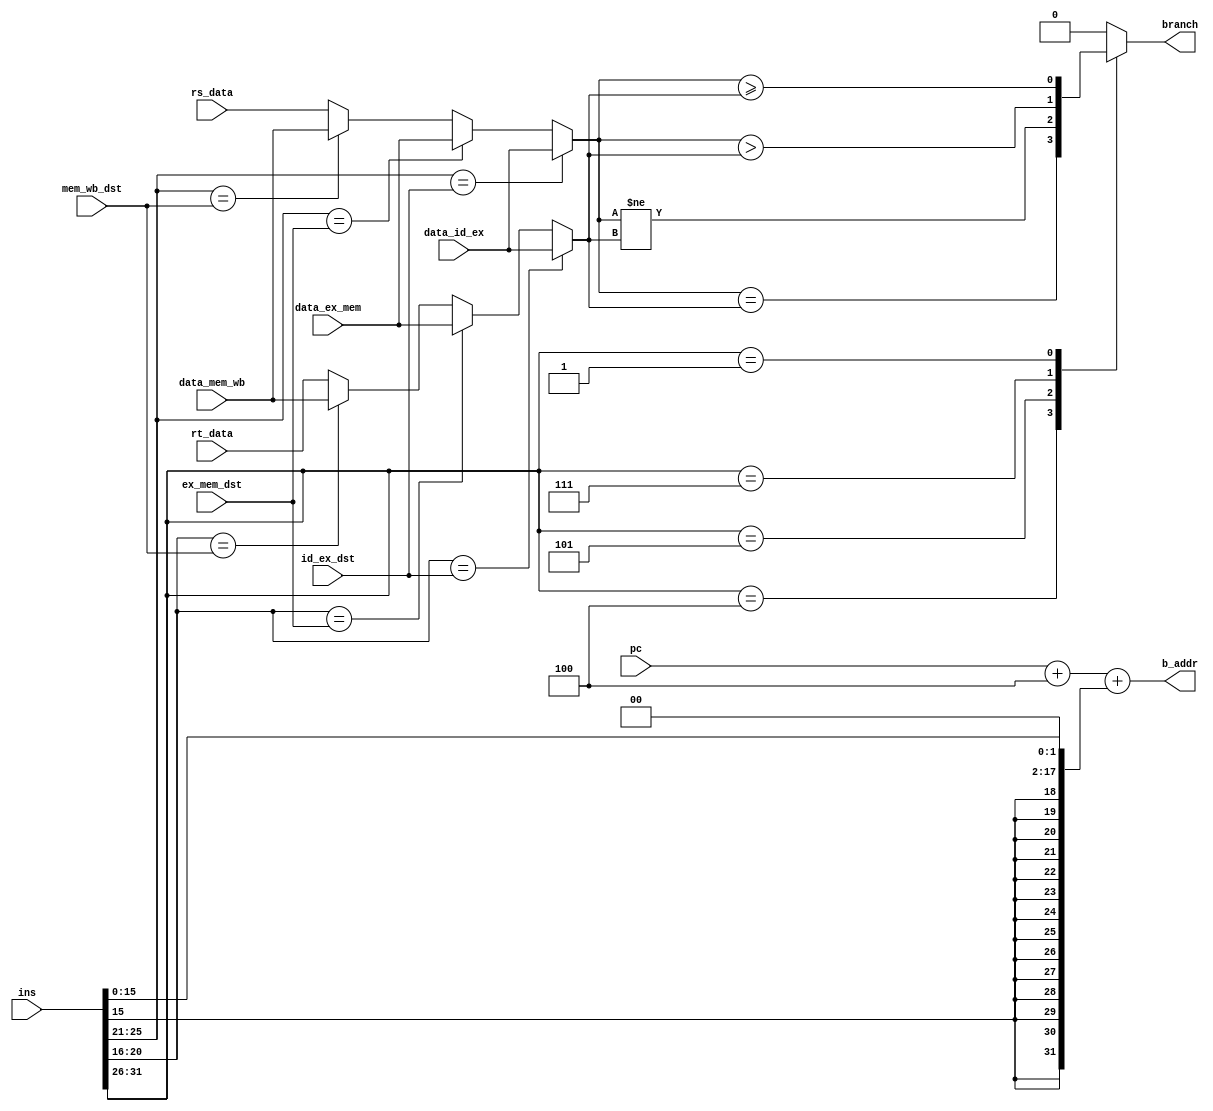
//br_controller.v


module br_controller(
	input wire [31:0] ins,
	input wire [4:0] id_ex_dst,
	input wire [4:0] ex_mem_dst,
	input wire [4:0] mem_wb_dst,
	input wire [31:0] rs_data,
	input wire [31:0] rt_data,
	input wire [31:0] data_id_ex,
	input wire [31:0] data_ex_mem,
	input wire [31:0] data_mem_wb,
	input wire [31:0] pc,
	output reg [31:0] b_addr,
	output reg branch
	);
	
	integer rs, rt, op1, op2, imm;
	
	always @* begin
		rs = ins[25:21];
		rt = ins[20:16];
		imm = ins[15:0];
		
		//get op1 data
		if (rs == id_ex_dst) begin
			op1 = data_id_ex;
		end else if (rs == ex_mem_dst) begin
			op1 = data_ex_mem;
		end else if (rs == mem_wb_dst) begin
			op1 = data_mem_wb;
		end else begin
			op1 = rs_data;
		end
		
		//get op1 data
		if (rt == id_ex_dst) begin
			op2 = data_id_ex;
		end else if (rt == ex_mem_dst) begin
			op2 = data_ex_mem;
		end else if (rt == mem_wb_dst) begin
			op2 = data_mem_wb;
		end else begin
			op2 = rt_data;
		end
		
		
		b_addr = pc + 4 + ({{14{imm[15]}},imm[15:0]} << 2);
		
		case (ins[31:26])
			6'b000100:		//beq
			begin
				branch = (op1 == op2);
			end
			6'b000101:		//bne
			begin
				branch = (op1 != op2);
			end
			6'b000111:		//bgtz
			begin
				branch = (op1 > op2);
			end
			6'b000001:		//bgez
			begin
				branch = (op1 >= op2);
			end
			default:
			begin
				branch = 0;
			end
		endcase
	end
endmodule